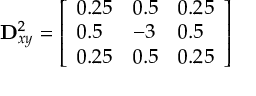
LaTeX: \mathbf { D } _ { x y } ^ { 2 } = { \left[ \begin{array} { l l l } { 0 . 2 5 } & { 0 . 5 } & { 0 . 2 5 } \\ { 0 . 5 } & { - 3 } & { 0 . 5 } \\ { 0 . 2 5 } & { 0 . 5 } & { 0 . 2 5 } \end{array} \right] }